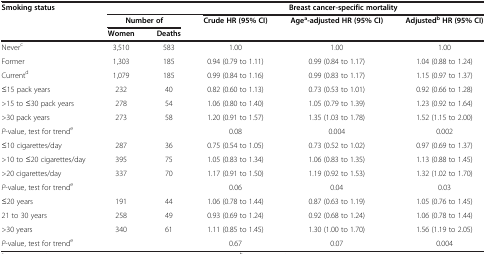
<table><thead><tr><td rowspan="3"><b>Smoking status</b></td><td colspan="2"><b> </b></td><td colspan="3"><b>Breast cancer-specific mortality</b></td></tr><tr><td colspan="2"><b>Number of</b></td><td rowspan="2"><b>Crude HR (95% CI)</b></td><td rowspan="2"><b>Age<sup>a</sup>-adjusted HR (95% CI)</b></td><td rowspan="2"><b>Adjusted<sup>b </sup>HR (95% CI)</b></td></tr><tr><td><b>Women</b></td><td><b>Deaths</b></td></tr></thead><tbody><tr><td>Never<sup>c</sup></td><td>3,510</td><td>583</td><td>1.00</td><td>1.00</td><td>1.00</td></tr><tr><td>Former</td><td>1,303</td><td>185</td><td>0.94 (0.79 to 1.11)</td><td>0.99 (0.84 to 1.17)</td><td>1.04 (0.88 to 1.24)</td></tr><tr><td>Current<sup>d</sup></td><td>1,079</td><td>185</td><td>0.99 (0.84 to 1.16)</td><td>0.99 (0.83 to 1.17)</td><td>1.15 (0.97 to 1.37)</td></tr><tr><td>≤15 pack years</td><td>232</td><td>40</td><td>0.82 (0.60 to 1.13)</td><td>0.73 (0.53 to 1.01)</td><td>0.92 (0.66 to 1.28)</td></tr><tr><td>&gt;15 to ≤30 pack years</td><td>278</td><td>54</td><td>1.06 (0.80 to 1.40)</td><td>1.05 (0.79 to 1.39)</td><td>1.23 (0.92 to 1.64)</td></tr><tr><td>&gt;30 pack years</td><td>273</td><td>58</td><td>1.20 (0.91 to 1.57)</td><td>1.35 (1.03 to 1.78)</td><td>1.52 (1.15 to 2.00)</td></tr><tr><td><i>P</i>-value, test for trend<sup>e</sup></td><td> </td><td> </td><td>0.08</td><td>0.004</td><td>0.002</td></tr><tr><td>≤10 cigarettes/day</td><td>287</td><td>36</td><td>0.75 (0.54 to 1.05)</td><td>0.73 (0.52 to 1.02)</td><td>0.97 (0.69 to 1.37)</td></tr><tr><td>&gt;10 to ≤20 cigarettes/day</td><td>395</td><td>75</td><td>1.05 (0.83 to 1.34)</td><td>1.06 (0.83 to 1.35)</td><td>1.13 (0.88 to 1.45)</td></tr><tr><td>&gt;20 cigarettes/day</td><td>337</td><td>70</td><td>1.17 (0.91 to 1.50)</td><td>1.19 (0.92 to 1.53)</td><td>1.32 (1.02 to 1.70)</td></tr><tr><td><i>P</i>-value, test for trend<sup>e</sup></td><td> </td><td> </td><td>0.06</td><td>0.04</td><td>0.03</td></tr><tr><td>≤20 years</td><td>191</td><td>44</td><td>1.06 (0.78 to 1.44)</td><td>0.87 (0.63 to 1.19)</td><td>1.05 (0.76 to 1.45)</td></tr><tr><td>21 to 30 years</td><td>258</td><td>49</td><td>0.93 (0.69 to 1.24)</td><td>0.92 (0.68 to 1.24)</td><td>1.06 (0.78 to 1.44)</td></tr><tr><td>&gt;30 years</td><td>340</td><td>61</td><td>1.11 (0.85 to 1.45)</td><td>1.30 (1.00 to 1.70)</td><td>1.56 (1.19 to 2.05)</td></tr><tr><td><i>P</i>-value, test for trend<sup>e</sup></td><td> </td><td> </td><td>0.67</td><td>0.07</td><td>0.004</td></tr></tbody></table>